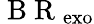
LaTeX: \mathrm{~B~R~}_{\mathrm{exo}}